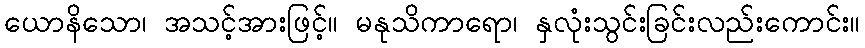
ယောနိသော၊ အသင့်အားဖြင့်။ မနုသိကာရော၊ နှလုံးသွင်းခြင်းလည်းကောင်း။